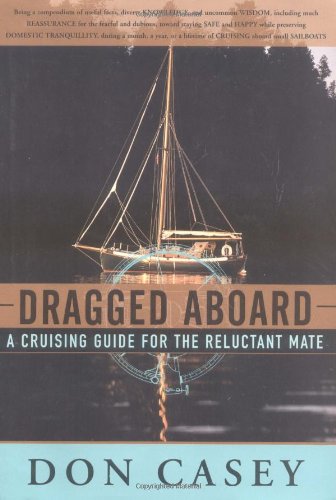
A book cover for Dragged Aboard: A Cruising Guide for a Reluctant Mate; Don Casey; Travel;